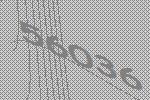
56036